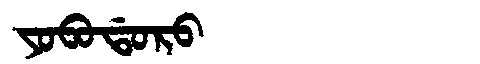
Manchu: ᠶᠣᠪᠣᡩᠣᡵᠣ
Romanization: YOBODORO